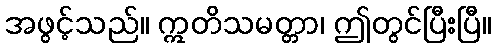
အဖွင့်သည်။ ဣတိသမတ္တာ၊ ဤတွင်ပြီးပြီ။